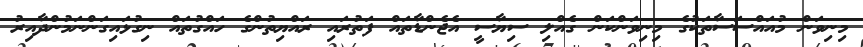
މިނިވަން މުއައްސަސާތަކުގެ މިނިވަންކަން ގެއްލި ސިޔާސީ އެޖެންޑާތައް ފަތުރައި ރައްޔިތުންގެ ހައްގުތައް ނިގުޅައިގަންނަމުންދާއިރު